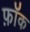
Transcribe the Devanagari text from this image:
फ़ॉक